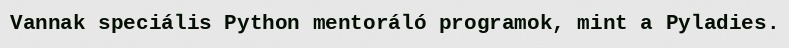
Vannak speciális Python mentoráló programok, mint a Pyladies.